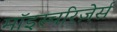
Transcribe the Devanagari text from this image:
मॉइस्चरिज़ेर्स